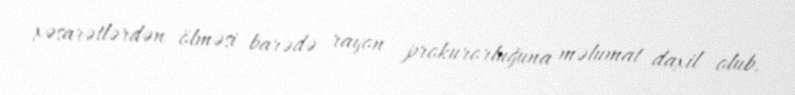
xəsarətlərdən ölməsi barədə rayon prokurorluğuna məlumat daxil olub.